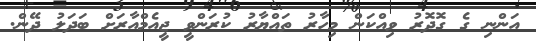
އަންނި ގެ ގޮދޮރު ވިއްކަން މިހާރު ތައްޔާރު ކުރަންވީ ޖީއެމްއާރަށް ބަދަލު ދޭން.